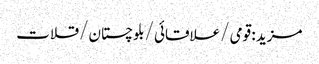
مزید : قومی /علاقائی /بلوچستان /قلات